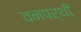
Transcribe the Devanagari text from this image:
वनपर्थी